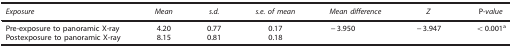
<table><thead><tr><td><b><i>Exposure</i></b></td><td><b><i>Mean</i></b></td><td><b><i>s.d.</i></b></td><td><b><i>s.e. of mean</i></b></td><td><b><i>Mean difference</i></b></td><td><b><i>Z</i></b></td><td><b>P-<i>value</i></b></td></tr></thead><tbody><tr><td>Pre-exposure to panoramic X-ray</td><td>4.20</td><td>0.77</td><td>0.17</td><td>−3.950</td><td>−3.947</td><td>&lt;0.001a</td></tr><tr><td>Postexposure to panoramic X-ray</td><td>8.15</td><td>0.81</td><td>0.18</td><td> </td><td> </td><td> </td></tr></tbody></table>